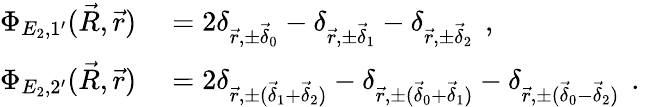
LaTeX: \begin{array}{rl}{\Phi_{E_{2},1^{\prime}}(\vec{R},\vec{r})}&{{}=2\delta_{\vec{r},\pm\vec{\delta}_{0}}-\delta_{\vec{r},\pm\vec{\delta}_{1}}-\delta_{\vec{r},\pm\vec{\delta}_{2}}\, \mathrm{~,~}}\\ {\Phi_{E_{2},2^{\prime}}(\vec{R},\vec{r})}&{{}=2\delta_{\vec{r},\pm(\vec{\delta}_{1}+\vec{\delta}_{2})}-\delta_{\vec{r},\pm(\vec{\delta}_{0}+\vec{\delta}_{1})}-\delta_{\vec{r},\pm(\vec{\delta}_{0}-\vec{\delta}_{2})}\, \mathrm{~.~}}\end{array}